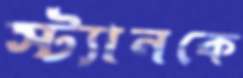
স্ট্যানকে